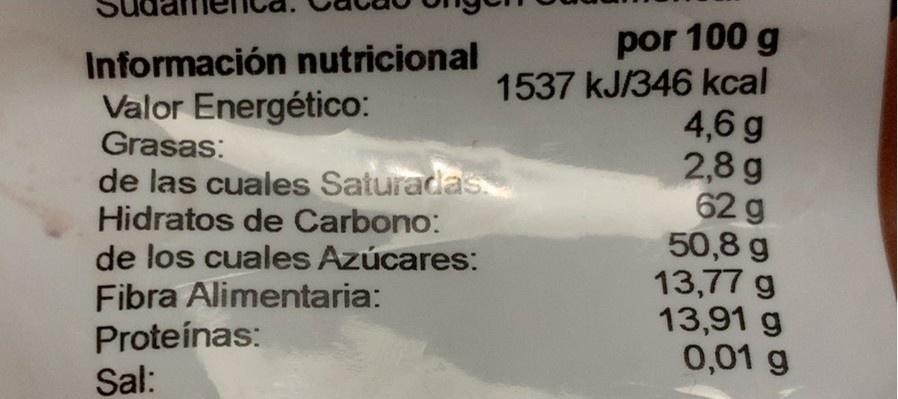
por 100 g 1537 kJ/346 kcal 4,6 g 2,8 g 62 g 50,8 g 13,77 g 13,91 g 0,01 g
Información nutricional Valor Energético: Grasas:
de las cuales Saturadas Hidratos de Carbono: de los cuales Azúcares: Fibra Alimentaria: Proteínas: Sal: